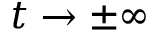
t \to \pm \infty